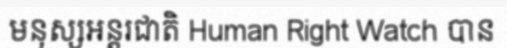
មនុស្សអន្តរជាតិ Human Right Watch បាន